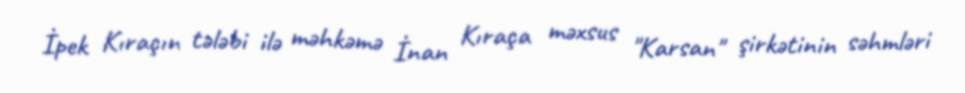
İpek Kıraçın tələbi ilə məhkəmə İnan Kıraça məxsus "Karsan" şirkətinin səhmləri